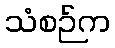
သံစဉ်က